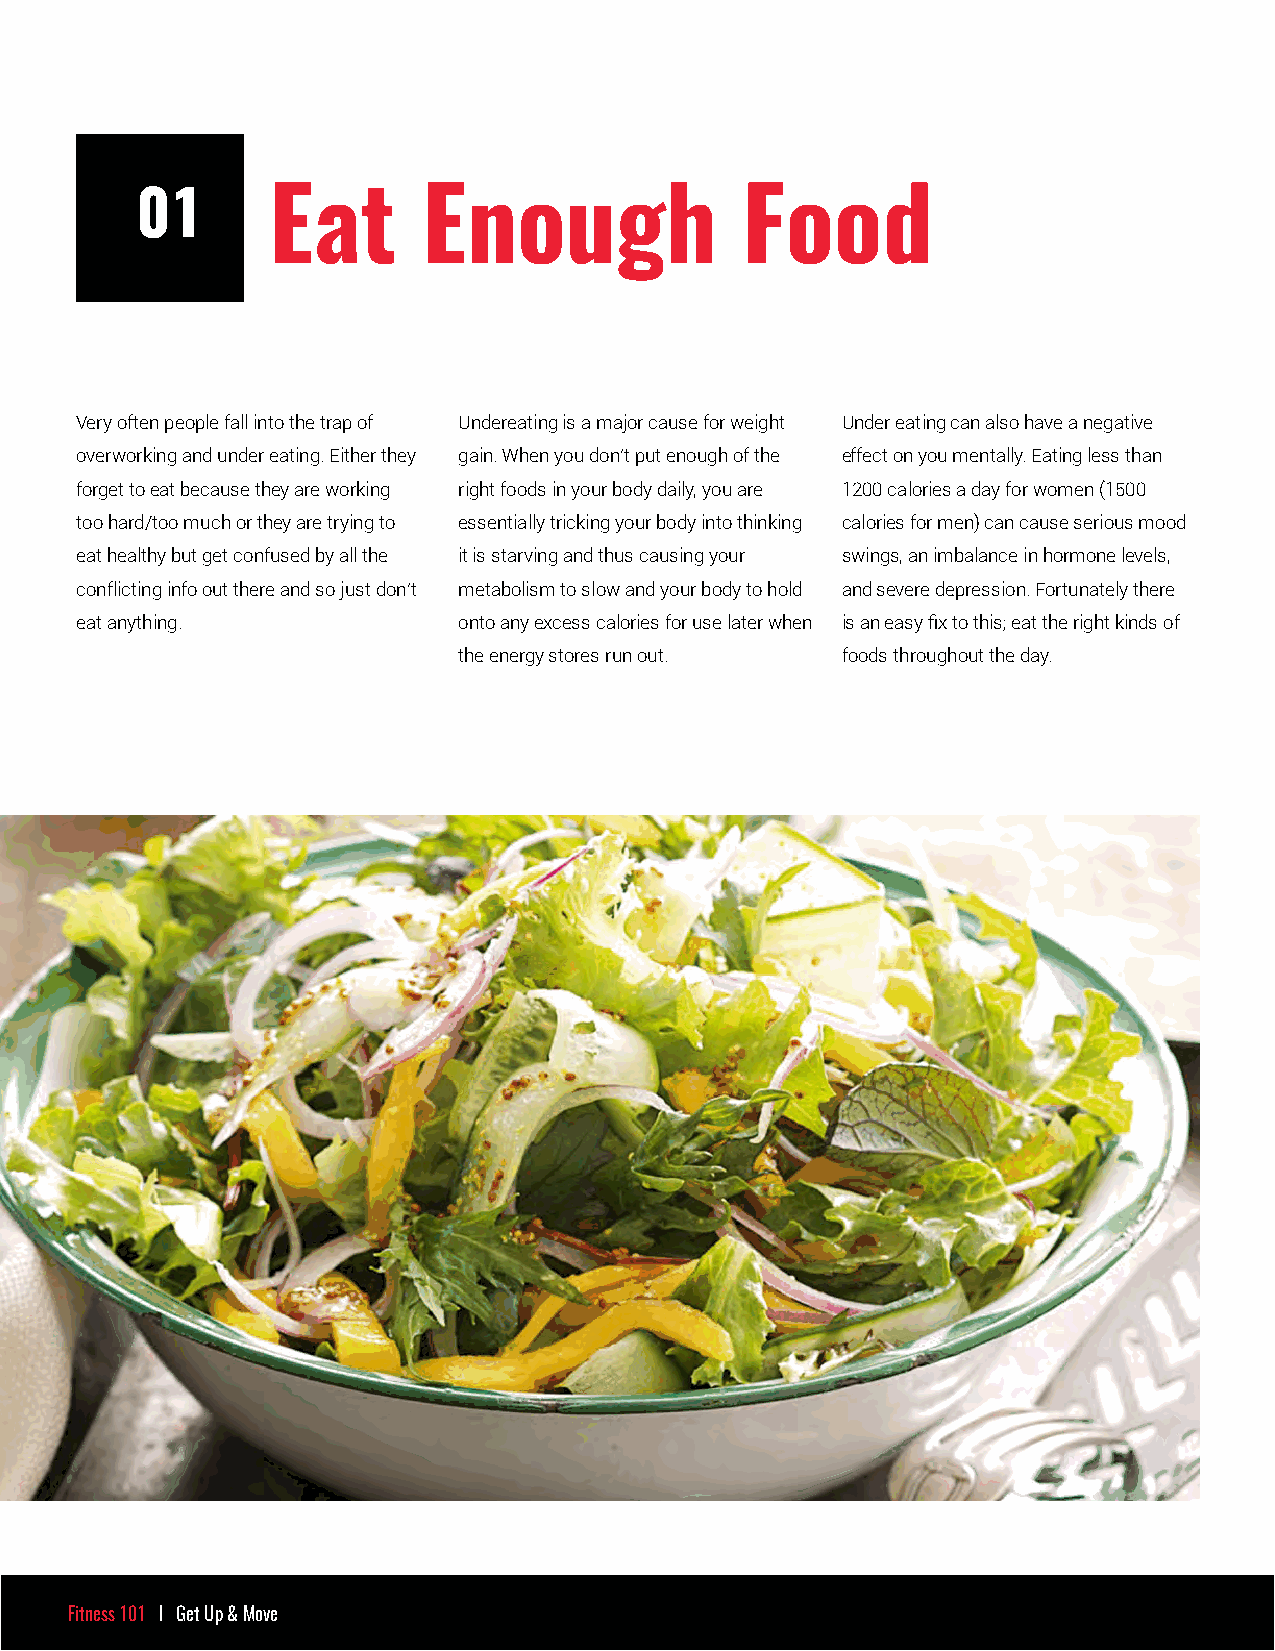
01       Eat       Enough               Food
 Very often people fall into the trap of Undereating is a major cause for weight Under eating can also have a negative
 overworking and under eating. Either they gain. When you don’t put enough of the effect on you mentally. Eating less than
 forget to eat because they are working right foods in your body daily, you are 1200 calories a day for women (1500
 too hard/too much or they are trying to essentially tricking your body into thinking calories for men) can cause serious mood
 eat healthy but get confused by all the it is starving and thus causing your swings, an imbalance in hormone levels,
 conflicting info out there and so just don’t metabolism to slow and your body to hold and severe depression. Fortunately there
 eat anything.            onto any excess calories for use later when is an easy fix to this; eat the right kinds of
 the energy stores run out. foods throughout the day.
 Fitness 101 I Get Up & Move